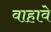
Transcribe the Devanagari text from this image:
वाहावे